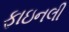
ફાઇનલી